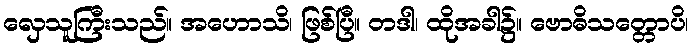
လှေသူကြီးသည်။ အဟောသိ၊ ဖြစ်ပြီ။ တဒါ၊ ထိုအခါ၌။ ဗောဓိသတ္တောပိ၊